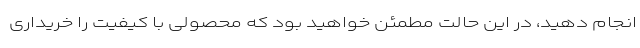
انجام دهید، در این حالت مطمئن خواهید بود که محصولی با کیفیت را خریداری